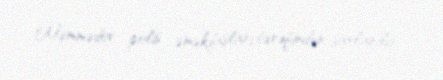
Məmmədov polis əməkdaşları tərəfindən saxlanılıb.